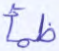
ظمأ